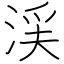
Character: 渓